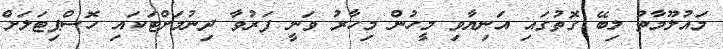
މައުލޫމާތު ލިބޭ ގޮތުގައި އަނިޔާވި މީހުން މިހާރު ވަނީ ފަރުވާ ދިނުމަށްޓަކައި ހޮސްޕިޓަލަށް